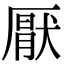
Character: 厭